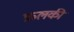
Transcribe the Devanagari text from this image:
फ़लकी